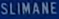
SLIMANE